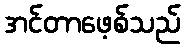
အင်တာဖေ့စ်သည်